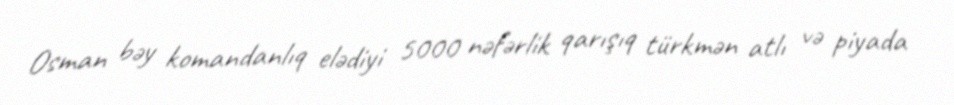
Osman bəy komandanlıq elədiyi 5000 nəfərlik qarışıq türkmən atlı və piyada